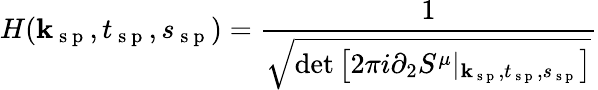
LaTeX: H(\textbf{k}_{\mathrm{~s~p~}},t_{\mathrm{~s~p~}},s_{\mathrm{~s~p~}})=\frac{1}{\sqrt{\operatorname*{det}\left[2\pi i\partial_{2}S^{\mu}|_{\textbf{k}_{\mathrm{~s~p~}},t_{\mathrm{~s~p~}},s_{\mathrm{~s~p~}}}\right]}}